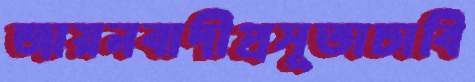
জায়নবাদীপ্রসূতাচাবি